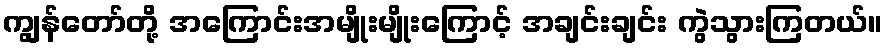
ကျွန်တော်တို့ အကြောင်းအမျိုးမျိုးကြောင့် အချင်းချင်း ကွဲသွားကြတယ်။